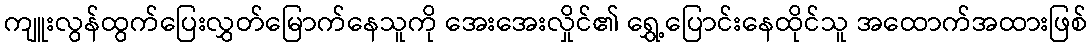
ကျူးလွန်ထွက်ပြေးလွှတ်မြောက်နေသူကို အေးအေးလှိုင်၏ ရွှေ့ပြောင်းနေထိုင်သူ အထောက်အထားဖြစ်